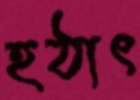
হঠাৎ